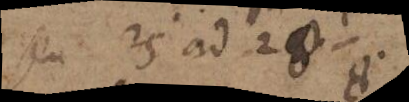
seu 25 ad 28⅛.